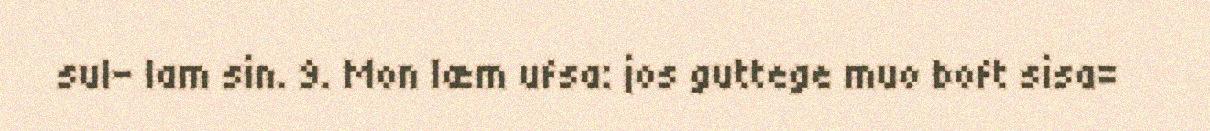
sul- lam sin. 9. Mon læm ufsa: jos guttege muo boft sisa=